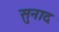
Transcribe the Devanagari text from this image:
सुनाद